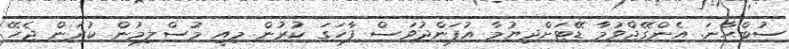
ސުބްޙާނަ. އެންގޭޖްވުމާ ޑޭޓަށްދިޔުމާ އުފަންދުވަސް ފާހަގަ ކުރުން މިއީ މުސްލިމުން ކުރަން ޖެހޭ